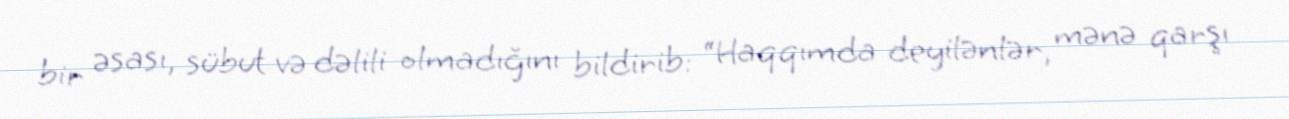
bir əsası, sübut və dəlili olmadığını bildirib: “Haqqımda deyilənlər, mənə qarşı